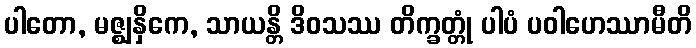
ပါတော, မဇ္ဈနှိကေ, သာယန္တိ ဒိဝသဿ တိက္ခတ္တုံ ပါပံ ပဝါဟေဿာမီတိ